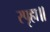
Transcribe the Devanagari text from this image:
स्पृहा॥